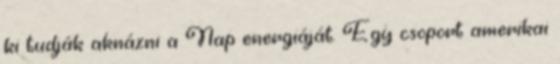
ki tudják aknázni a Nap energiáját. Egy csoport amerikai